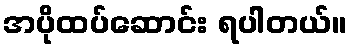
အပိုထပ်ဆောင်း ရပါတယ်။